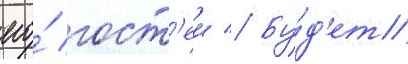
его́ гост'еи // Бу́д'ет